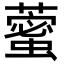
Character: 藌